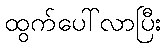
ထွက်ပေါ်လာပြီး